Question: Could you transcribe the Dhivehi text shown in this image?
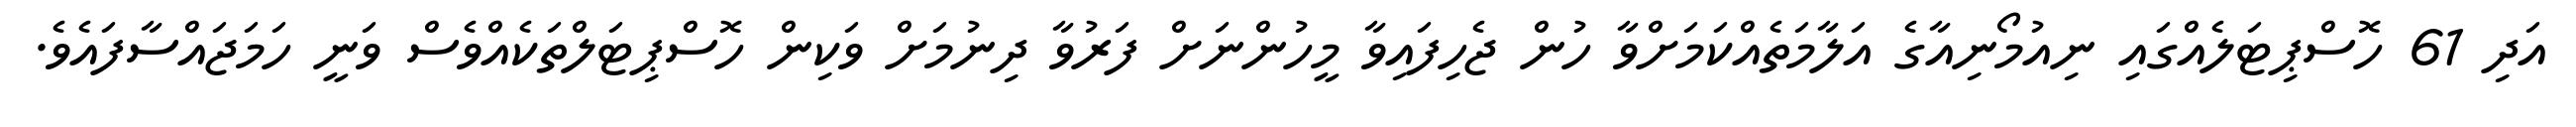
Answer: އަދި 61 ހޮސްޕިޓަލެއްގައި ނިއުމޯނިއާގެ އަލާމަތެއްކަމަށްވާ ހުން ޖެހިފައިވާ މީހުންނަށް ފަރުވާ ދިނުމަށް ވަކިން ހޮސްޕިޓަލްތަކެއްވެސް ވަނީ ހަމަޖައްސާފައެވެ.